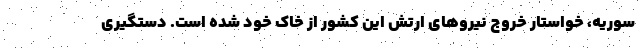
سوریه، خواستار خروج نیروهای ارتش این کشور از خاک خود شده است. دستگیری